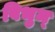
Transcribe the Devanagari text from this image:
विभुम्